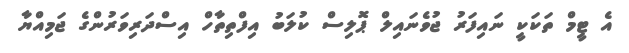
އެ ޓީމް ތަކަކީ ނައިފަރު ޖުވެނައިލް ޕޮލިސް ކުލަބު އިފްތިތާހް އިސްދަރިވަރުންގެ ޖަމިއްޔާ